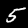
Label: 5